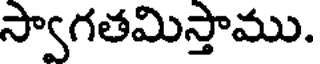
స్వాగతమిస్తాము.